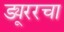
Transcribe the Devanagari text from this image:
ड्यूररचा